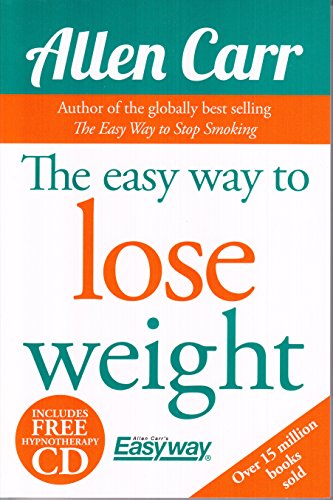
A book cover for The Easy Way to Lose Weight; Allen Carr; Health, Fitness & Dieting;